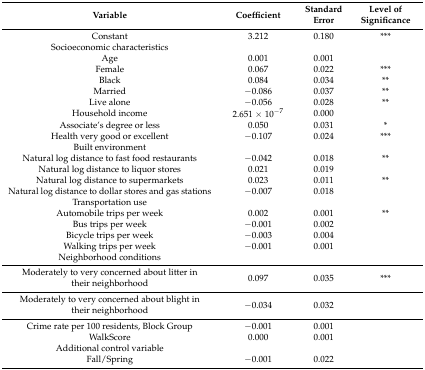
| Variable | Coefficient | Standard Error | Level of Significance |
 | --- | --- | --- | --- |
 | Constant | 3.212 | 0.180 | *** |
 | Socioeconomic characteristics |  |  |  |
 | Age | 0.001 | 0.001 |  |
 | Female | 0.067 | 0.022 | *** |
 | Black | 0.084 | 0.034 | ** |
 | Married | −0.086 | 0.037 | ** |
 | Live alone | −0.056 | 0.028 | ** |
 | Household income | 2.651 × 10−7 | 0.000 |  |
 | Associate’s degree or less | 0.050 | 0.031 | * |
 | Health very good or excellent | −0.107 | 0.024 | *** |
 | Built environment |  |  |  |
 | Natural log distance to fast food restaurants | −0.042 | 0.018 | ** |
 | Natural log distance to liquor stores | 0.021 | 0.019 |  |
 | Natural log distance to supermarkets | 0.023 | 0.011 | ** |
 | Natural log distance to dollar stores and gas stations | −0.007 | 0.018 |  |
 | Transportation use |  |  |  |
 | Automobile trips per week | 0.002 | 0.001 | ** |
 | Bus trips per week | −0.001 | 0.002 |  |
 | Bicycle trips per week | −0.003 | 0.004 |  |
 | Walking trips per week | −0.001 | 0.001 |  |
 | Neighborhood conditions |  |  |  |
 | Moderately to very concerned about litter in their neighborhood | 0.097 | 0.035 | *** |
 | Moderately to very concerned about blight in their neighborhood | −0.034 | 0.032 |  |
 | Crime rate per 100 residents, Block Group | −0.001 | 0.001 |  |
 | WalkScore | 0.000 | 0.001 |  |
 | Additional control variable |  |  |  |
 | Fall/Spring | −0.001 | 0.022 |  |